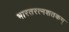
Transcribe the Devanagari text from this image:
भारतरत्नशतकम्